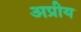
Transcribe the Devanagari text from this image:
अप्रीय